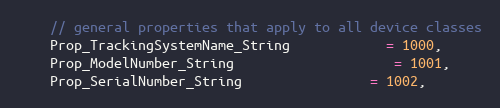
Language: C
	// general properties that apply to all device classes
	Prop_TrackingSystemName_String			= 1000,
	Prop_ModelNumber_String					= 1001,
	Prop_SerialNumber_String				= 1002,